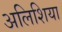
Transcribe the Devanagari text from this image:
अलिशिया